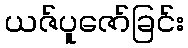
ယဇ်ပူဇော်ခြင်း